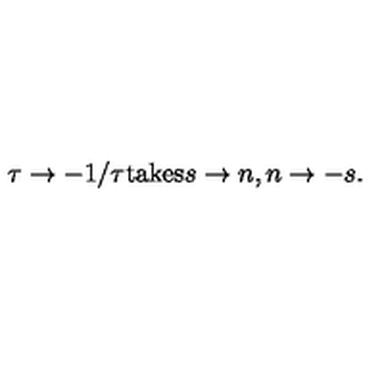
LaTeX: \tau \rightarrow - 1 / \tau \mathrm { t a k e s } s \rightarrow n , n \rightarrow - s .